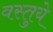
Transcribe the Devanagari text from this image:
वस्तुये